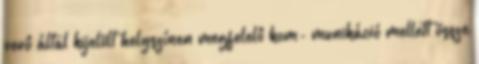
vevô által kijelölt helyszínen megfelelô kom- munikáció mellett össze